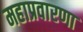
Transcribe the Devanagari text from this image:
महाप्रवारणा